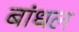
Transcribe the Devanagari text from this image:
बांधल